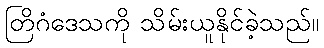
တြိဂံဒေသကို သိမ်းယူနိုင်ခဲ့သည်။